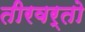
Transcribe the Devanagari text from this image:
तीरवर्तो